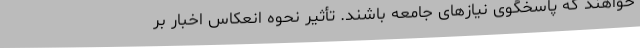
خواهند که پاسخگوی نیازهای جامعه باشند. تأثیر نحوه انعکاس اخبار بر